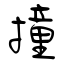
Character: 撞